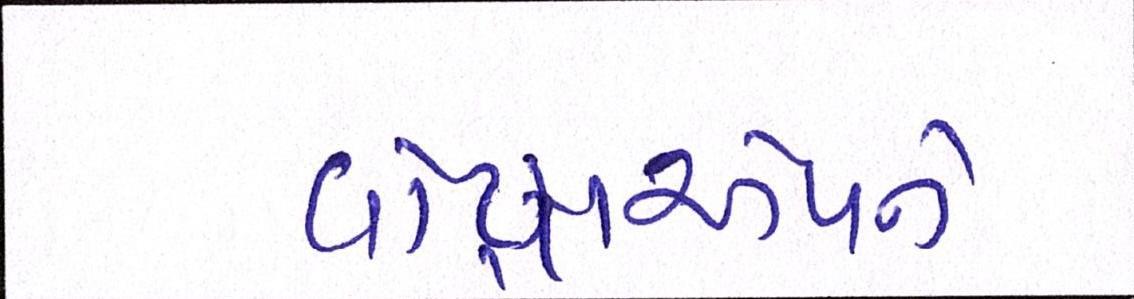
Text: વૉટ્સએપને